Report of cholera committee
Disease focus: Cholera
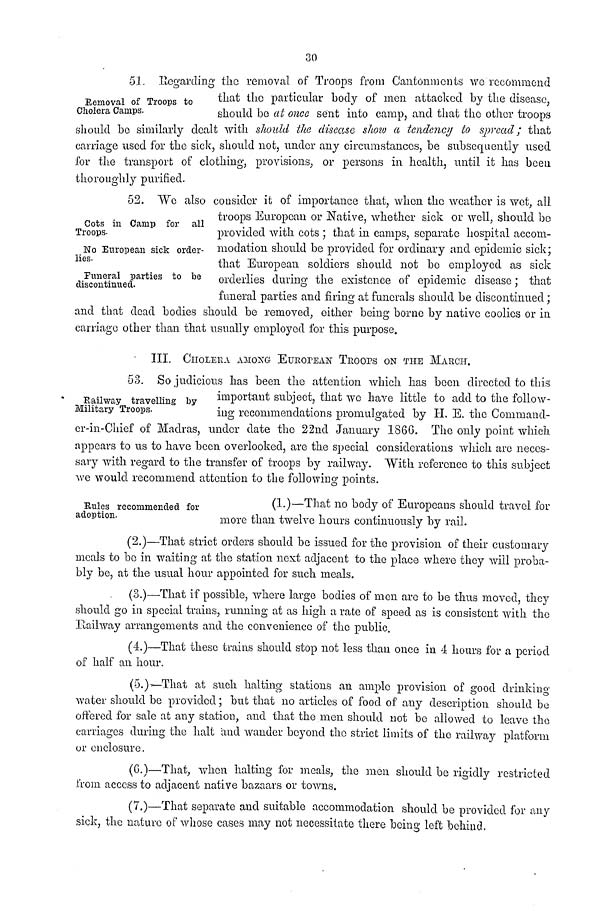
30
Removal of Troops to
Cholera Camps.
51. Regarding the removal of Troops from Cantonments we recommend
that the particular body of men attacked by the disease,
should be at once sent into camp, and that the other troops
should be similarly dealt with should the disease show a tendency to spread; that
carriage used for the sick, should not, under any circumstances, be subsequently used
for the transport of clothing, provisions, or persons in health, until it has been
thoroughly purified.
Cots in Camp for all
Troops.
No European sick order-
lies.
Funeral parties to be
discontinued.
52. We also consider it of importance that, when the weather is wet, all
troops European or Native, whether sick or well, should be
provided with, cots ; that in camps, separate hospital accom-
modation should be provided for ordinary and epidemic sick;
that European soldiers should not be employed as sick
orderlies during the existence of epidemic disease; that
funeral parties and firing at funerals should be discontinued;
and that dead bodies should be removed, either being borne by native coolies or in
carriage other than that usually employed for this purpose.
III.
CHOLERA AMONG- EUROPEAN TROOPS ON THE MARCH.
53. So judicious has been the attention which has been directed to this
Railway travelling by
important subject, that we have little to add to the follow-
Military Troops.
ing
recommendations promulgated by H. E. the Command-
er-in-Chief of Madras, under date the 22nd January 1866. The only point which
appears to us to have been overlooked, are the special considerations which arc neces-
sary with regard to the transfer of troops by railway. "With reference to this subject
we would recommend attention to the following points.
Rules recommended for
adoption.
(1.)—That no body of Europeans should travel for
more than twelve hours continuously by rail.
(2.)—That strict orders should be issued for the provision of their customary
meals to be in waiting at the station next adjacent to the place where they will proba-
bly be, at the usual hour appointed for such meals.
(3.)—That if possible, where large bodies of men are to be thus moved, they
should go in special trains, running at as high a rate of speed as is consistent with the
Railway arrangements and the convenience of the public,
(4.)—That these trains should stop not less than once in 4 hours for a period
of half an hour.
(5.)—That at such halting stations an ample provision of good drinking
water should be provided; but that no articles of food of any description should be
offered for sale at any station, and that the men should not be allowed to leave the
carriages during the halt and wander beyond the strict limits of the railway platform
or enclosure.
(G.)—That, when halting for meals, the men should be rigidly restricted
from access to adjacent native bazaars or towns.
(7.)—That separate and suitable accommodation should be provided for any
sick, the nature of whose cases may not necessitate there being left behind.